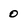
Character: 0